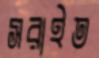
সরাইত